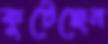
কুটেছেন